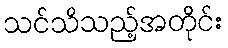
သင်သိသည့်အတိုင်း